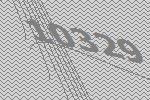
10329